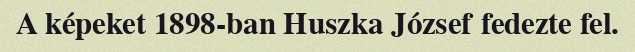
A képeket 1898-ban Huszka József fedezte fel.